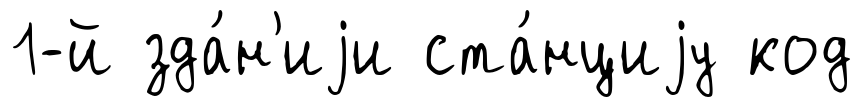
1-й зда́н'иjи ста́нциjу код